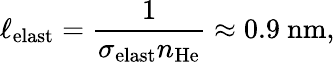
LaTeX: \ell_{\mathrm{elast}}=\frac{1}{\sigma_{\mathrm{elast}}n_{\mathrm{He}}}\approx 0.9~\mathrm{nm},